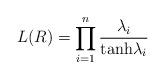
LaTeX: \begin{align*}L(R) = \prod_{i=1}^n {\lambda_i \over {\rm tanh} \lambda_i}\end{align*}